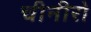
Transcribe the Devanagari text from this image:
चीनीरो